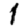
Digit: 1